Report on sanitation, dispensaries, and jails in Rajputana for 1919, and on vaccination for the year 1919-1920 - 1919-1920
Year: 1919
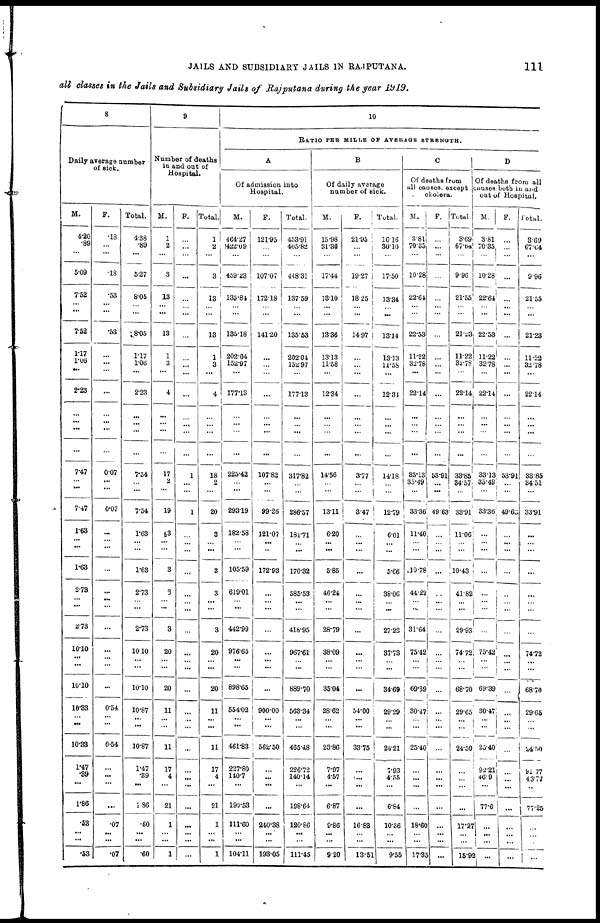
JAILS AND SUBSIDIARY JAILS IN RAJPUTANA.
111
all classes in the Jails and Subsidiary Jails of Rajputana during the year 1919.
8
Daily average number
of sick.
M.
4.20
.89
...
5.09
7.52
...
...
7.52
1.17
1.06
...
2.23
...
...
7.47
...
...
7.47
1.63
...
...
1.63
2.73
...
...
2.73
10.10
...
...
10.10
10.33
...
...
10.33
1.47
.39
...
1.86
.53
...
...
.53
F.
.18
...
...
.18
.53
...
...
.53
...
...
...
...
...
...
0.07
...
...
0.07
...
...
...
...
...
...
...
...
...
...
...
...
0.54
...
...
0.54
...
...
...
...
.07
...
...
.07
Total.
4.38
.89
...
527
8.05
...
...
8.05
1.17
1.06
...
2.23
...
...
7.54
...
...
7.54
1.63
...
...
1.63
2.73
...
...
2.73
10.10
...
...
10.10
10.87
...
...
10.87
1.47
.39
...
1.86
.60
...
...
.60
9
Number of deaths
in and out of
Hospital.
M.
1
2
...
3
13
...
...
13
1
3
...
4
...
...
17
2
...
19
3
...
...
3
3
...
...
3
20
...
...
20
11
...
...
11
17
4
...
21
1
...
...
1
F.
...
...
...
...
...
...
...
...
...
...
...
...
...
...
1
...
...
1
...
...
...
...
...
...
...
...
...
...
...
...
...
...
...
...
...
...
...
...
...
...
...
...
Total.
1
2
...
3
13
...
...
13
1
3
...
4
...
...
18
2
...
20
3
...
...
3
3
...
3
20
...
...
20
11
...
...
11
17
4
...
21
1
...
...
1
10
RATIO PER MILLS OF AVERAGE STRENGTH.
A
Of admission into
Hospital.
M.
464.27
422.09
...
459.23
135.84
...
...
135.18
202.04
152.97
...
177.13
...
...
225.42
...
...
293.19
182.58
...
...
105.59
619.01
...
...
442.99
976.65
...
...
898.65
554.02
...
...
461.83
227.80
140.7
...
199.53
111.60
...
...
104.11
F.
121.95
...
...
107.07
172.18
...
...
141.20
...
...
...
...
...
...
107.82
...
...
99.26
121.07
...
...
172.93
...
...
...
...
...
...
...
...
900.00
...
...
562.50
...
...
...
...
240.38
...
...
193.05
Total.
453.91
405.82
...
448.31
137.59
...
...
13553
202.04
152.97
...
177.13
...
...
317.82
...
...
286.57
181.71
...
...
170.32
585.53
...
...
416.95
967.61
...
...
889.70
563.34
...
...
465.48
226.72
140.14
...
198.64
120.86
...
...
111.45
B
Of daily average
number of sick.
M.
15.98
31.30
...
17.44
13.10
...
...
13.36
13.13
11.58
...
12.34
...
...
14.56
...
...
13.11
6.20
...
...
5.85
40.24
...
...
28.79
38.09
...
...
35.04
28.62
...
...
23.86
7.97
4.57
...
6.87
9.86
...
...
9.20
F.
21.95
...
...
19.27
18.25
...
...
14.97
...
...
...
...
...
...
3.77
...
...
3.47
...
...
...
...
...
...
...
...
...
...
...
...
54.00
...
...
33.75
...
...
...
...
16.83
...
...
13.51
Total.
16.16
30.10
...
17.50
13.34
...
...
13.14
13.13
11.58
...
12.34
...
...
14.18
...
...
12.79
6.01
...
...
5.66
38.06
...
...
27.23
37.73
...
...
34.69
29.29
...
...
24.21
7.93
4.55
...
6.84
10.36
...
...
9.55
C
Of deaths from
all causes, except
cholera.
M.
3.81
70.35
...
10.28
22.64
...
...
22.53
11.22
32.78
...
22.14
...
...
33.13
35.49
...
33.36
11.40
...
...
10.78
44.22
...
...
31.64
75.42
...
...
69.39
30.47
...
...
25.40
...
...
...
...
18.60
...
...
17.35
F.
...
...
...
...
...
...
...
...
...
...
...
...
...
...
53.91
...
...
49.63
...
...
...
...
...
...
...
...
...
...
...
...
...
...
...
...
...
...
...
...
...
...
...
...
Total.
3.69
67.64
...
9.96
21.55
...
...
21.23
11.22
32.78
...
22.14
...
...
33.85
34.57
...
33.91
11.06
...
...
10.43
41.82
...
...
29.93
74.72
...
...
68.70
29.65
...
...
24.50
...
...
...
...
17.21
...
...
15.92
D
Of deaths from all
causes both in and
out of Hospital.
M.
3.81
70.35
...
10.28
22.64
...
...
22.53
11.22
32.78
...
22.14
...
...
33.13
35.49
...
33.36
...
...
...
...
...
...
...
...
75.42
...
...
69.39
30.47
...
...
25.40
92.21
46.9
...
77.6
...
...
...
...
F.
...
...
...
...
...
...
...
...
...
...
...
...
...
...
53.91
...
...
49.63
...
...
...
...
...
...
...
...
...
...
...
...
...
...
...
...
...
...
...
...
...
...
...
Total.
3.69
67.04
...
9.96
21.55
...
...
21.23
11.22
32.78
...
22.14
...
...
33.85
34.51
...
33.91
...
...
...
...
...
...
...
...
74.72
...
...
68.70
29.65
...
...
24.50
91.77
43.77
...
77.25
...
...
...
...